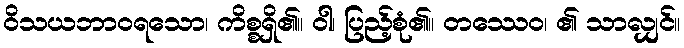
ဝိသယဘာဝရသော၊ ကိစ္စရှိ၏။ ဝါ၊ ပြည့်စုံ၏။ တဿေဝ၊ ၏ သာလျှင်။